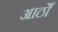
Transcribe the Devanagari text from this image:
आठोँ